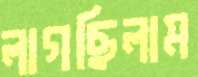
লাগছিলাম